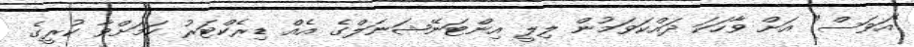
"އަވަސް" އަށް ވާހަކަ ދައްކަވަމުން ލިލީ އިންޓަނޭޝަނަލްގެ އެއް ޑިރެކްޓަރު ކަމަށްވާ ކުރީގެ